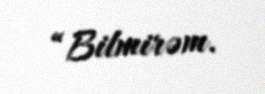
“Bilmirəm.